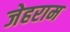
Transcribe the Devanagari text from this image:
जेहराम